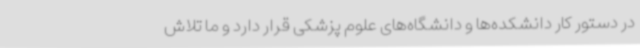
در دستور کار دانشکده‌ها و دانشگاه‌های علوم پزشکی قرار دارد و ما تلاش